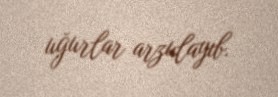
uğurlar arzulayıb.